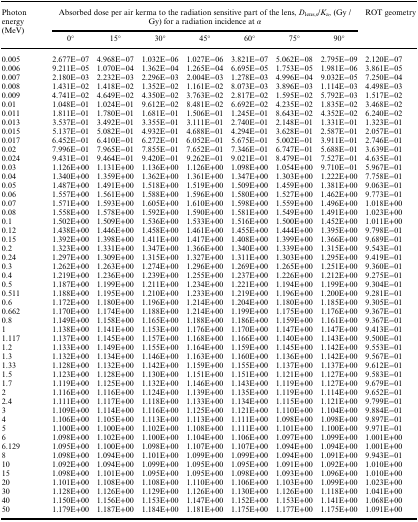
<table><thead><tr><td rowspan="2"><b>Photon energy (MeV)</b></td><td colspan="7"><b>Absorbed dose per air kerma to the radiation sensitive part of the lens, <i>D</i><sub>lens,s</sub>/<i>K</i><sub>a</sub>, (Gy / Gy) for a radiation incidence at <i>α</i></b></td><td rowspan="2"><b>ROT geometry</b></td></tr><tr><td><b>0°</b></td><td><b>15°</b></td><td><b>30°</b></td><td><b>45°</b></td><td><b>60°</b></td><td><b>75°</b></td><td><b>90°</b></td></tr></thead><tbody><tr><td>0.005</td><td>2.677E−07</td><td>4.968E−07</td><td>1.032E−06</td><td>1.027E−06</td><td>3.821E−07</td><td>5.062E−08</td><td>2.795E−09</td><td>2.120E−07</td></tr><tr><td>0.006</td><td>9.211E−05</td><td>1.070E−04</td><td>1.362E−04</td><td>1.265E−04</td><td>6.695E−05</td><td>1.753E−05</td><td>1.981E−06</td><td>3.861E−05</td></tr><tr><td>0.007</td><td>2.180E−03</td><td>2.232E−03</td><td>2.296E−03</td><td>2.004E−03</td><td>1.278E−03</td><td>4.996E−04</td><td>9.032E−05</td><td>7.250E−04</td></tr><tr><td>0.008</td><td>1.431E−02</td><td>1.418E−02</td><td>1.352E−02</td><td>1.161E−02</td><td>8.073E−03</td><td>3.896E−03</td><td>1.114E−03</td><td>4.498E−03</td></tr><tr><td>0.009</td><td>4.741E−02</td><td>4.649E−02</td><td>4.350E−02</td><td>3.763E−02</td><td>2.817E−02</td><td>1.595E−02</td><td>5.792E−03</td><td>1.517E−02</td></tr><tr><td>0.01</td><td>1.048E−01</td><td>1.024E−01</td><td>9.612E−02</td><td>8.481E−02</td><td>6.692E−02</td><td>4.235E−02</td><td>1.835E−02</td><td>3.468E−02</td></tr><tr><td>0.011</td><td>1.811E−01</td><td>1.780E−01</td><td>1.681E−01</td><td>1.506E−01</td><td>1.245E−01</td><td>8.643E−02</td><td>4.352E−02</td><td>6.240E−02</td></tr><tr><td>0.013</td><td>3.537E−01</td><td>3.492E−01</td><td>3.355E−01</td><td>3.111E−01</td><td>2.740E−01</td><td>2.148E−01</td><td>1.331E−01</td><td>1.323E−01</td></tr><tr><td>0.015</td><td>5.137E−01</td><td>5.082E−01</td><td>4.932E−01</td><td>4.688E−01</td><td>4.294E−01</td><td>3.628E−01</td><td>2.587E−01</td><td>2.057E−01</td></tr><tr><td>0.017</td><td>6.452E−01</td><td>6.410E−01</td><td>6.272E−01</td><td>6.052E−01</td><td>5.675E−01</td><td>5.002E−01</td><td>3.911E−01</td><td>2.746E−01</td></tr><tr><td>0.02</td><td>7.996E−01</td><td>7.965E−01</td><td>7.855E−01</td><td>7.652E−01</td><td>7.346E−01</td><td>6.747E−01</td><td>5.688E−01</td><td>3.639E−01</td></tr><tr><td>0.024</td><td>9.431E−01</td><td>9.464E−01</td><td>9.420E−01</td><td>9.262E−01</td><td>9.021E−01</td><td>8.479E−01</td><td>7.527E−01</td><td>4.635E−01</td></tr><tr><td>0.03</td><td>1.126E+00</td><td>1.131E+00</td><td>1.136E+00</td><td>1.126E+00</td><td>1.098E+00</td><td>1.054E+00</td><td>9.710E−01</td><td>5.967E−01</td></tr><tr><td>0.04</td><td>1.340E+00</td><td>1.359E+00</td><td>1.362E+00</td><td>1.361E+00</td><td>1.347E+00</td><td>1.303E+00</td><td>1.222E+00</td><td>7.758E−01</td></tr><tr><td>0.05</td><td>1.487E+00</td><td>1.491E+00</td><td>1.518E+00</td><td>1.519E+00</td><td>1.509E+00</td><td>1.459E+00</td><td>1.381E+00</td><td>9.063E−01</td></tr><tr><td>0.06</td><td>1.557E+00</td><td>1.561E+00</td><td>1.588E+00</td><td>1.596E+00</td><td>1.580E+00</td><td>1.527E+00</td><td>1.462E+00</td><td>9.773E−01</td></tr><tr><td>0.07</td><td>1.571E+00</td><td>1.593E+00</td><td>1.605E+00</td><td>1.610E+00</td><td>1.598E+00</td><td>1.559E+00</td><td>1.496E+00</td><td>1.018E+00</td></tr><tr><td>0.08</td><td>1.558E+00</td><td>1.578E+00</td><td>1.592E+00</td><td>1.590E+00</td><td>1.581E+00</td><td>1.549E+00</td><td>1.491E+00</td><td>1.023E+00</td></tr><tr><td>0.1</td><td>1.502E+00</td><td>1.509E+00</td><td>1.536E+00</td><td>1.533E+00</td><td>1.516E+00</td><td>1.500E+00</td><td>1.452E+00</td><td>1.011E+00</td></tr><tr><td>0.12</td><td>1.438E+00</td><td>1.446E+00</td><td>1.458E+00</td><td>1.461E+00</td><td>1.455E+00</td><td>1.444E+00</td><td>1.395E+00</td><td>9.798E−01</td></tr><tr><td>0.15</td><td>1.392E+00</td><td>1.398E+00</td><td>1.411E+00</td><td>1.417E+00</td><td>1.408E+00</td><td>1.399E+00</td><td>1.366E+00</td><td>9.689E−01</td></tr><tr><td>0.2</td><td>1.323E+00</td><td>1.331E+00</td><td>1.347E+00</td><td>1.366E+00</td><td>1.340E+00</td><td>1.339E+00</td><td>1.315E+00</td><td>9.543E−01</td></tr><tr><td>0.24</td><td>1.297E+00</td><td>1.309E+00</td><td>1.315E+00</td><td>1.327E+00</td><td>1.311E+00</td><td>1.303E+00</td><td>1.295E+00</td><td>9.419E−01</td></tr><tr><td>0.3</td><td>1.262E+00</td><td>1.263E+00</td><td>1.274E+00</td><td>1.296E+00</td><td>1.269E+00</td><td>1.265E+00</td><td>1.251E+00</td><td>9.360E−01</td></tr><tr><td>0.4</td><td>1.219E+00</td><td>1.236E+00</td><td>1.239E+00</td><td>1.255E+00</td><td>1.237E+00</td><td>1.226E+00</td><td>1.212E+00</td><td>9.275E−01</td></tr><tr><td>0.5</td><td>1.187E+00</td><td>1.199E+00</td><td>1.211E+00</td><td>1.234E+00</td><td>1.221E+00</td><td>1.194E+00</td><td>1.199E+00</td><td>9.304E−01</td></tr><tr><td>0.511</td><td>1.188E+00</td><td>1.195E+00</td><td>1.210E+00</td><td>1.233E+00</td><td>1.219E+00</td><td>1.196E+00</td><td>1.200E+00</td><td>9.281E−01</td></tr><tr><td>0.6</td><td>1.172E+00</td><td>1.180E+00</td><td>1.196E+00</td><td>1.214E+00</td><td>1.204E+00</td><td>1.180E+00</td><td>1.185E+00</td><td>9.305E−01</td></tr><tr><td>0.662</td><td>1.170E+00</td><td>1.174E+00</td><td>1.188E+00</td><td>1.214E+00</td><td>1.199E+00</td><td>1.175E+00</td><td>1.176E+00</td><td>9.367E−01</td></tr><tr><td>0.8</td><td>1.149E+00</td><td>1.158E+00</td><td>1.165E+00</td><td>1.188E+00</td><td>1.186E+00</td><td>1.159E+00</td><td>1.161E+00</td><td>9.367E−01</td></tr><tr><td>1</td><td>1.138E+00</td><td>1.141E+00</td><td>1.153E+00</td><td>1.176E+00</td><td>1.170E+00</td><td>1.147E+00</td><td>1.147E+00</td><td>9.413E−01</td></tr><tr><td>1.117</td><td>1.137E+00</td><td>1.145E+00</td><td>1.157E+00</td><td>1.168E+00</td><td>1.166E+00</td><td>1.140E+00</td><td>1.143E+00</td><td>9.500E−01</td></tr><tr><td>1.2</td><td>1.133E+00</td><td>1.149E+00</td><td>1.155E+00</td><td>1.164E+00</td><td>1.159E+00</td><td>1.145E+00</td><td>1.142E+00</td><td>9.553E−01</td></tr><tr><td>1.3</td><td>1.132E+00</td><td>1.134E+00</td><td>1.146E+00</td><td>1.163E+00</td><td>1.160E+00</td><td>1.136E+00</td><td>1.142E+00</td><td>9.567E−01</td></tr><tr><td>1.33</td><td>1.128E+00</td><td>1.132E+00</td><td>1.142E+00</td><td>1.159E+00</td><td>1.155E+00</td><td>1.137E+00</td><td>1.137E+00</td><td>9.612E−01</td></tr><tr><td>1.5</td><td>1.123E+00</td><td>1.128E+00</td><td>1.130E+00</td><td>1.151E+00</td><td>1.151E+00</td><td>1.121E+00</td><td>1.127E+00</td><td>9.583E−01</td></tr><tr><td>1.7</td><td>1.119E+00</td><td>1.125E+00</td><td>1.132E+00</td><td>1.146E+00</td><td>1.143E+00</td><td>1.119E+00</td><td>1.127E+00</td><td>9.679E−01</td></tr><tr><td>2</td><td>1.116E+00</td><td>1.116E+00</td><td>1.124E+00</td><td>1.139E+00</td><td>1.135E+00</td><td>1.119E+00</td><td>1.114E+00</td><td>9.652E−01</td></tr><tr><td>2.4</td><td>1.111E+00</td><td>1.117E+00</td><td>1.118E+00</td><td>1.133E+00</td><td>1.134E+00</td><td>1.115E+00</td><td>1.121E+00</td><td>9.799E−01</td></tr><tr><td>3</td><td>1.109E+00</td><td>1.114E+00</td><td>1.116E+00</td><td>1.125E+00</td><td>1.121E+00</td><td>1.110E+00</td><td>1.104E+00</td><td>9.884E−01</td></tr><tr><td>4</td><td>1.106E+00</td><td>1.105E+00</td><td>1.113E+00</td><td>1.113E+00</td><td>1.111E+00</td><td>1.098E+00</td><td>1.098E+00</td><td>9.897E−01</td></tr><tr><td>5</td><td>1.100E+00</td><td>1.100E+00</td><td>1.102E+00</td><td>1.108E+00</td><td>1.111E+00</td><td>1.101E+00</td><td>1.100E+00</td><td>9.971E−01</td></tr><tr><td>6</td><td>1.098E+00</td><td>1.102E+00</td><td>1.100E+00</td><td>1.104E+00</td><td>1.106E+00</td><td>1.097E+00</td><td>1.099E+00</td><td>1.001E+00</td></tr><tr><td>6.129</td><td>1.095E+00</td><td>1.100E+00</td><td>1.098E+00</td><td>1.107E+00</td><td>1.107E+00</td><td>1.094E+00</td><td>1.094E+00</td><td>1.001E+00</td></tr><tr><td>8</td><td>1.098E+00</td><td>1.094E+00</td><td>1.101E+00</td><td>1.099E+00</td><td>1.099E+00</td><td>1.094E+00</td><td>1.091E+00</td><td>9.943E−01</td></tr><tr><td>10</td><td>1.092E+00</td><td>1.094E+00</td><td>1.099E+00</td><td>1.095E+00</td><td>1.095E+00</td><td>1.091E+00</td><td>1.092E+00</td><td>1.010E+00</td></tr><tr><td>15</td><td>1.098E+00</td><td>1.101E+00</td><td>1.095E+00</td><td>1.095E+00</td><td>1.098E+00</td><td>1.093E+00</td><td>1.096E+00</td><td>1.010E+00</td></tr><tr><td>20</td><td>1.101E+00</td><td>1.108E+00</td><td>1.108E+00</td><td>1.110E+00</td><td>1.106E+00</td><td>1.103E+00</td><td>1.099E+00</td><td>1.023E+00</td></tr><tr><td>30</td><td>1.128E+00</td><td>1.126E+00</td><td>1.129E+00</td><td>1.126E+00</td><td>1.130E+00</td><td>1.126E+00</td><td>1.118E+00</td><td>1.041E+00</td></tr><tr><td>40</td><td>1.150E+00</td><td>1.156E+00</td><td>1.153E+00</td><td>1.147E+00</td><td>1.152E+00</td><td>1.153E+00</td><td>1.141E+00</td><td>1.068E+00</td></tr><tr><td>50</td><td>1.179E+00</td><td>1.187E+00</td><td>1.184E+00</td><td>1.181E+00</td><td>1.175E+00</td><td>1.177E+00</td><td>1.175E+00</td><td>1.091E+00</td></tr></tbody></table>